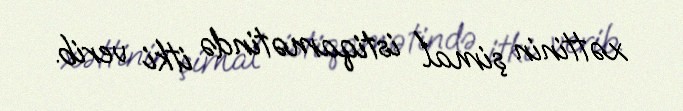
xəttinin şimal istiqamətində itki verib.